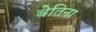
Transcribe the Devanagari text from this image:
बेतिना